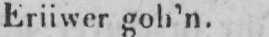
Eriiwer goh’n.